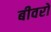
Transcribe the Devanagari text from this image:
बीवरों